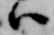
ハ